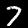
Label: 7